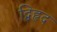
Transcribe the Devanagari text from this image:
द्विहृद